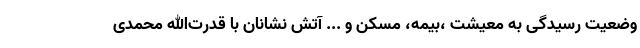
وضعیت رسیدگی به معیشت ،بیمه، مسکن و ... آتش نشانان با قدرت‌الله محمدی